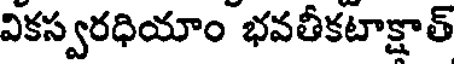
వికస్వరధియాం భవతీకటాక్షాత్